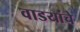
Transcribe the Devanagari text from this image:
वाडयांचे